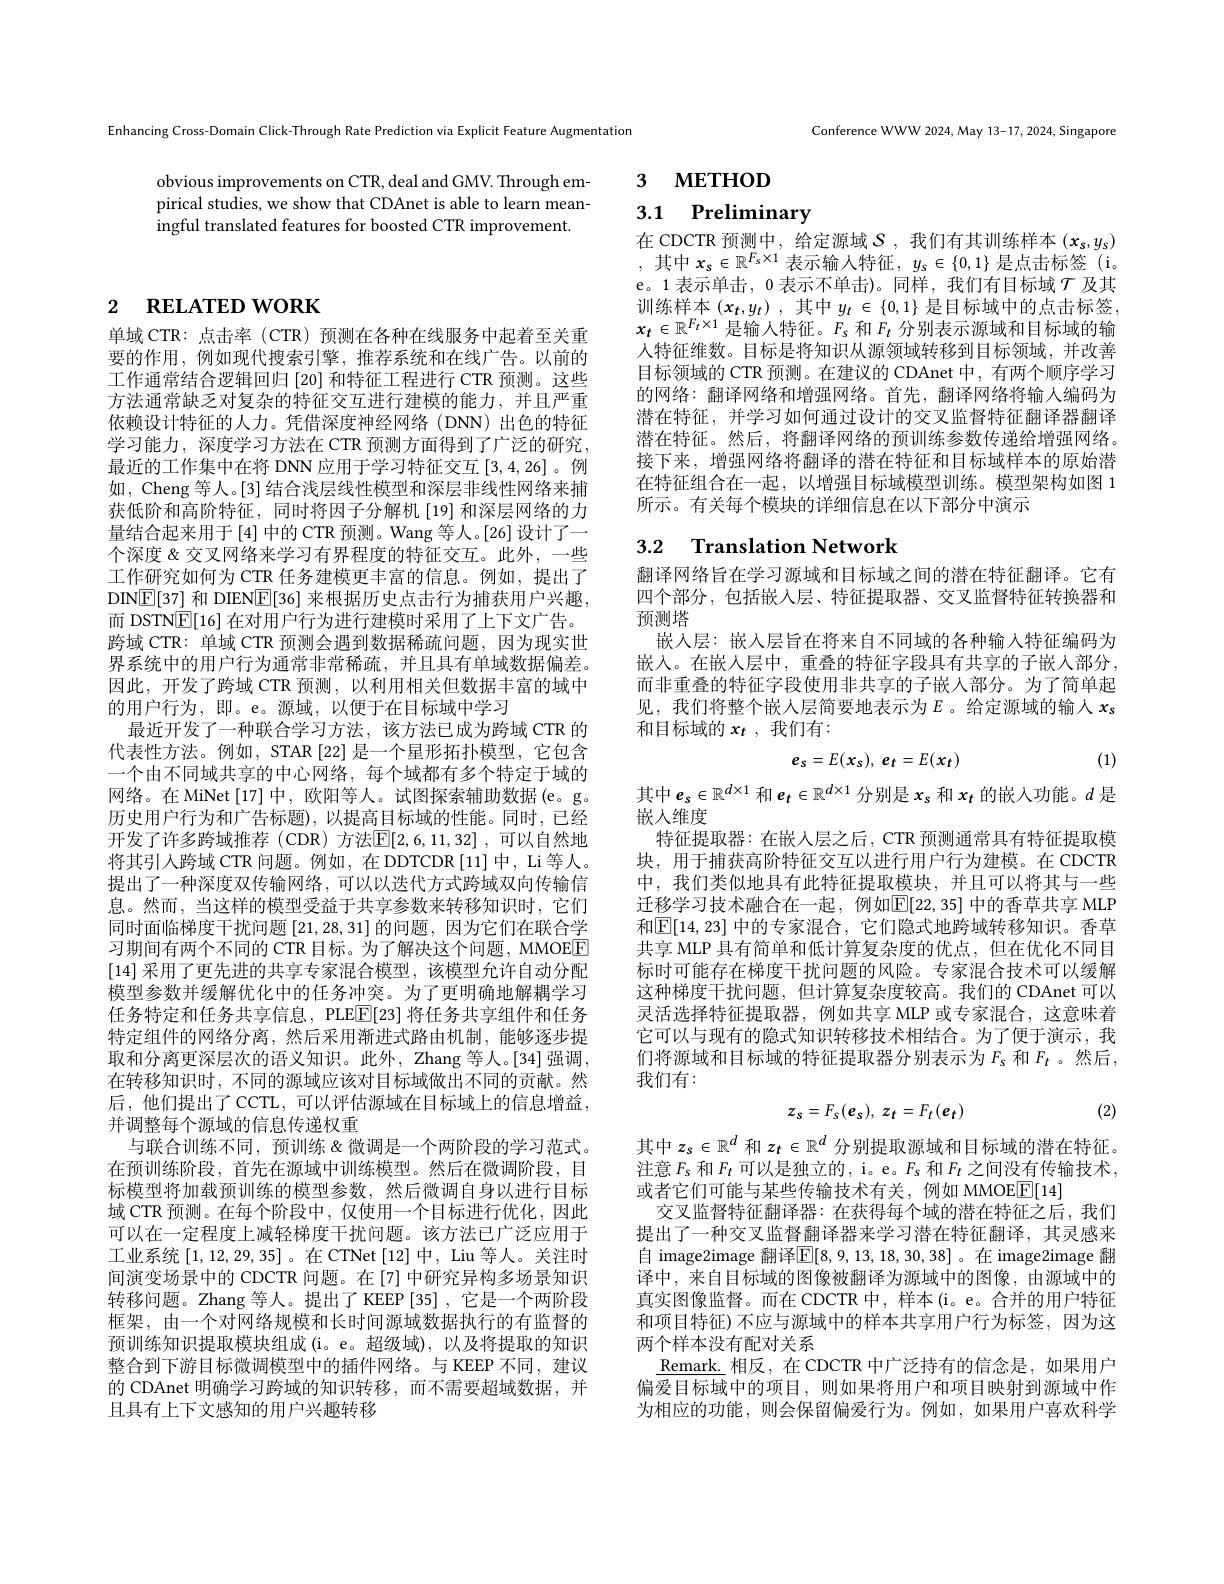
Enhancing Cross-Domain Click-Through Rate Prediction via Explicit Feature Augmentation

obvious improvements on CTR, deal and GMV. Through empirical studies, we show that CDAnet is able to learn meaningful translated features for boosted CTR improvement.

# 2 $\textbf{RELATED WORK}$

单域 CTR: 点击率 ( CTR) 预测在各种在线服务中起着至关重要的作用，例如现代搜索引擎，推荐系统和在线广告。以前的工作通常结合逻辑回归[20] 和特征工程进行 CTR 预测。这些方法通常缺乏对复杂的特征交互进行建模的能力，并且严重依赖设计特征的人力。凭借深度神经网络(DNN)出色的特征学习能力，深度学习方法在 CTR 预测方面得到了广泛的研究， 最近的工作集中在将 DNN 应用于学习特征交互[3,4,26]。例如，Cheng 等人。[3] 结合浅层线性模型和深层非线性网络来捕获低阶和高阶特征，同时将因子分解机[19] 和深层网络的力量结合起来用于[4] 中的 CTR 预测。Wang 等人。[26] 设计了一个深度 & 交叉网络来学习有界程度的特征交互。此外，一些工作研究如何为 CTR 任务建模更丰富的信息。例如，提出了DINE[37] 和 DIEN$\boxed{\mathbb{E}}[36]$来根据历史点击行为捕获用户兴趣， 而 DSTN$\boxed{\mathbb{F}}[16]$在对用户行为进行建模时采用了上下文广告。跨域 CTR: 单域 CTR 预测会遇到数据稀疏问题，因为现实世界系统中的用户行为通常非常稀疏，并且具有单域数据偏差。因此，开发了跨域 CTR 预测，以利用相关但数据丰富的域中的用户行为，即。e。源域，以便于在目标域中学习
最近开发了一种联合学习方法，该方法已成为跨域 CTR 的代表性方法。例如，STAR [22]是一个星形拓扑模型，它包含一个由不同域共享的中心网络，每个域都有多个特定于域的网络。在 MiNet [17] 中，欧阳等人。试图探索辅助数据 (e。g。历史用户行为和广告标题),以提高目标域的性能。同时，已经开发了许多跨域推荐(CDR)方法$\mathbb{E}[2,6,11,32]$,可以自然地将其引人跨域 CTR 问题。例如，在 DDTCDR [11] 中，Li 等人。提出了一种深度双传输网络，可以以迭代方式跨域双向传输信息。然而，当这样的模型受益于共享参数来转移知识时，它们同时面临梯度干扰问题[21,28,31]的问题 , 因为它们在联合学习期间有两个不同的 CTR 目标。为了解决这个问题，MMOEE [14]采用了更先进的共享专家混合模型，该模型允许自动分配模型参数并缓解优化中的任务冲突。为了更明确地解耦学习任务特定和任务共享信息，PLE$\underline{\mathrm{E}}[$23] 将任务共享组件和任务特定组件的网络分离，然后采用渐进式路由机制，能够逐步提取和分离更深层次的语义知识。此外，Zhang 等人。[34] 强调， 在转移知识时，不同的源域应该对目标域做出不同的贡献。然后，他们提出了CCTL，可以评估源域在目标域上的信息增益， 并调整每个源域的信息传递权重
与联合训练不同，预训练 &微调是一个两阶段的学习范式。在预训练阶段，首先在源域中训练模型。然后在微调阶段，目标模型将加载预训练的模型参数，然后微调自身以进行目标域 CTR 预测。在每个阶段中，仅使用一个目标进行优化，因此可以在一定程度上减轻梯度干扰问题。该方法已广泛应用于工业系统$\left[1,12,29,35\right]$。在 CTNet $\left[12\right]$中，Liu 等人。关注时间演变场景中的 CDCTR 问题。在 [7] 中研究异构多场景知识转移问题。Zhang 等人。提出了 KEEP [35] ,它是一个两阶段框架，由一个对网络规模和长时间源域数据执行的有监督的预训练知识提取模块组成 (i。e。超级域),以及将提取的知识整合到下游目标微调模型中的插件网络。与 KEEP 不同，建议的 CDAnet 明确学习跨域的知识转移，而不需要超域数据，并且具有上下文感知的用户兴趣转移

Conference WWW 2024, May 13-17, 2024, Singapore

3 мЕТНОД

# 3.1 Preliminary

在 CDCTR 预测中，给定源域$\mathcal{S}$ ,我们有其训练样本$(x_s,y_s)$ ,其中$x_s\in\mathbb{R}^F_s\times1$表示输入特征$,y_s\in\{0,1\}$是点击标签(i。e。1 表示单击，0 表示不单击)。同样，我们有目标域$\mathcal{T}$及其训 练 样 本 $\left ( x_{t}, y_{t}\right ) $,其 中 $y_{t}\in \left \{ 0, 1\right \}$是 目 标 域 中 的 点 击 标 签 , $x_{t}\in \mathbb{R} ^{F_{t}\times 1}$是 输 入 特 征 。$F_{s}$ 和 $F_{t}$ 分 别 表 示 源 域 和 目 标 域 的 输人特征维数。目标是将知识从源领域转移到目标领域，并改善目标领域的 CTR 预测。在建议的 CDAnet 中，有两个顺序学习的网络：翻译网络和增强网络。首先，翻译网络将输入编码为潜在特征，并学习如何通过设计的交叉监督特征翻译器翻译潜在特征。然后，将翻译网络的预训练参数传递给增强网络。接下来，增强网络将翻译的潜在特征和目标域样本的原始潜在特征组合在一起，以增强目标域模型训练。模型架构如图 1所示。有关每个模块的详细信息在以下部分中演示

## 3.2 Translation Network

翻译网络旨在学习源域和目标域之间的潜在特征翻译。它有四个部分，包括嵌入层、特征提取器、交叉监督特征转换器和预测塔
嵌入层：嵌入层旨在将来自不同域的各种输入特征编码为嵌入。在嵌人层中，重叠的特征字段具有共享的子嵌人部分， 而非重叠的特征字段使用非共享的子嵌人部分。为了简单起见，我们将整个嵌人层简要地表示为$E$ 。给定源域的输入 $x_s$ 和目标域的$x_t$,我们有：
$$e_s=E(x_s),\:e_t=E(x_t)$$
(1)

其中$e_s\in\mathbb{R}^d\times1$ 和$e_t\in\mathbb{R}^d\times1$ 分别是$x_s$ 和 $x_t$ 的嵌入功能。$d$ 是
嵌人维度
特征提取器：在嵌入层之后，CTR 预测通常具有特征提取模块，用于捕获高阶特征交互以进行用户行为建模。在 CDCTR 中，我们类似地具有此特征提取模块，并且可以将其与一些迁移学习技术融合在一起，例如$\boxed{\mathbb{E}}[22,35]$ 中的香草共享 MLP 和$\overline{\mathrm{E}}[14,23]$ 中的专家混合，它们隐式地跨域转移知识。香草共享 MLP 具有简单和低计算复杂度的优点，但在优化不同目标时可能存在梯度干扰问题的风险。专家混合技术可以缓解这种梯度干扰问题，但计算复杂度较高。我们的 CDAnet 可以灵活选择特征提取器，例如共享 MLP 或专家混合，这意味着它可以与现有的隐式知识转移技术相结合。为了便于演示，我们将源域和目标域的特征提取器分别表示为$F_\mathrm{s}$ 和$F_t$。然后， 我们有：
$$z_{s}=F_{s}(e_{s}),\:z_{t}=F_{t}(e_{t})$$
(2)

其中$z_s\in\mathbb{R}^d$和$z_t\in\mathbb{R}^d$分别提取源域和目标域的潜在特征。注意$F_s$和$F_t$可以是独立的，i。e。$F_s$和$F_t$之间没有传输技术， 或者它们可能与某些传输技术有关，例如 MMOE$\boxed{\mathrm{F}}[14]$
交叉监督特征翻译器：在获得每个域的潜在特征之后，我们提出了一种交叉监督翻译器来学习潜在特征翻译，其灵感来自 image2image 翻译$\mathbb{E}[8,9,13,18,30,38]$。在 image2image 翻译中，来自目标域的图像被翻译为源域中的图像，由源域中的真实图像监督。而在 CDCTR 中，样本 (i。e。合并的用户特征和项目特征)不应与源域中的样本共享用户行为标签，因为这两个样本没有配对关系
$\underline{\text{Remark. 相反，在 CDCTR 中广泛持有的信念是，如果用户}}$ 偏爱目标域中的项目，则如果将用户和项目映射到源域中作为相应的功能，则会保留偏爱行为。例如，如果用户喜欢科学